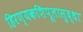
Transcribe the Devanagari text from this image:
हिरण्यकशिपूलासुद्धा